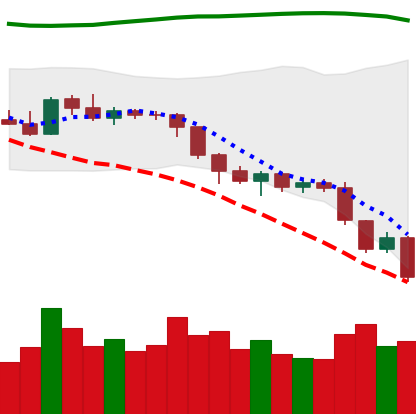
Ticker: ETH-USD
Chart end date: 2018-08-10
Forward return: -15.504%
Label: down_7plus